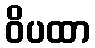
ဝိပထာ